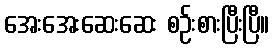
အေးအေးဆေးဆေး စဉ်းစားပြီးပြီ။